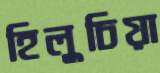
হিলুচিয়া